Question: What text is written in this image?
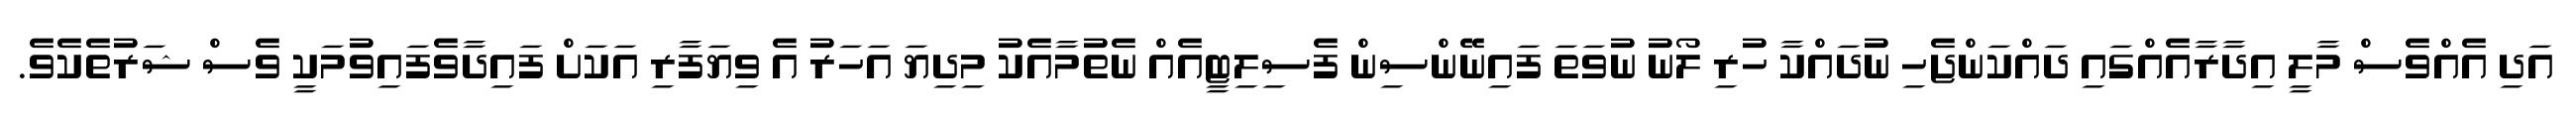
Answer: އަދި އެއްވެސް މާލީ އިދާރާއެއްގައި ދައްކަންޖެހި ނުދައްކާ ހުރި ލޯނު ނުވަތަ ފައިނޭންސިން ފެސިލިޓީއެއް ނެތުމާއެކު މިދިޔަ އަހަރު އެ ވިޔަފާރި އަކަށް ފައިދާވެފައިވުމަކީ ވެސް ޝަރުތެކެވެ.